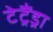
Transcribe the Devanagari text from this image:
टेट्रैंड्रा